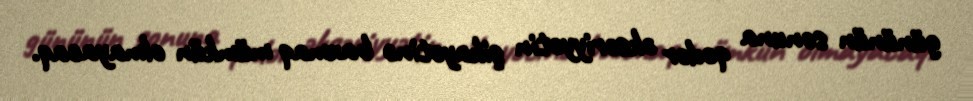
gününün sonuna qədər əksəriyyətin şikayətinə baxmaq mümkün olmayacaq.